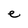
Character: e